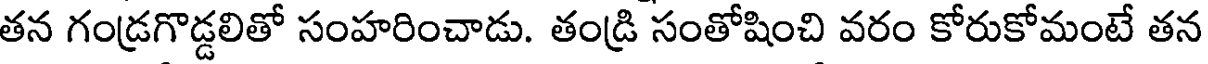
తన గండ్రగొడ్డలితో సంహరించాడు. తండ్రి సంతోషించి వరం కోరుకోమంటే తన